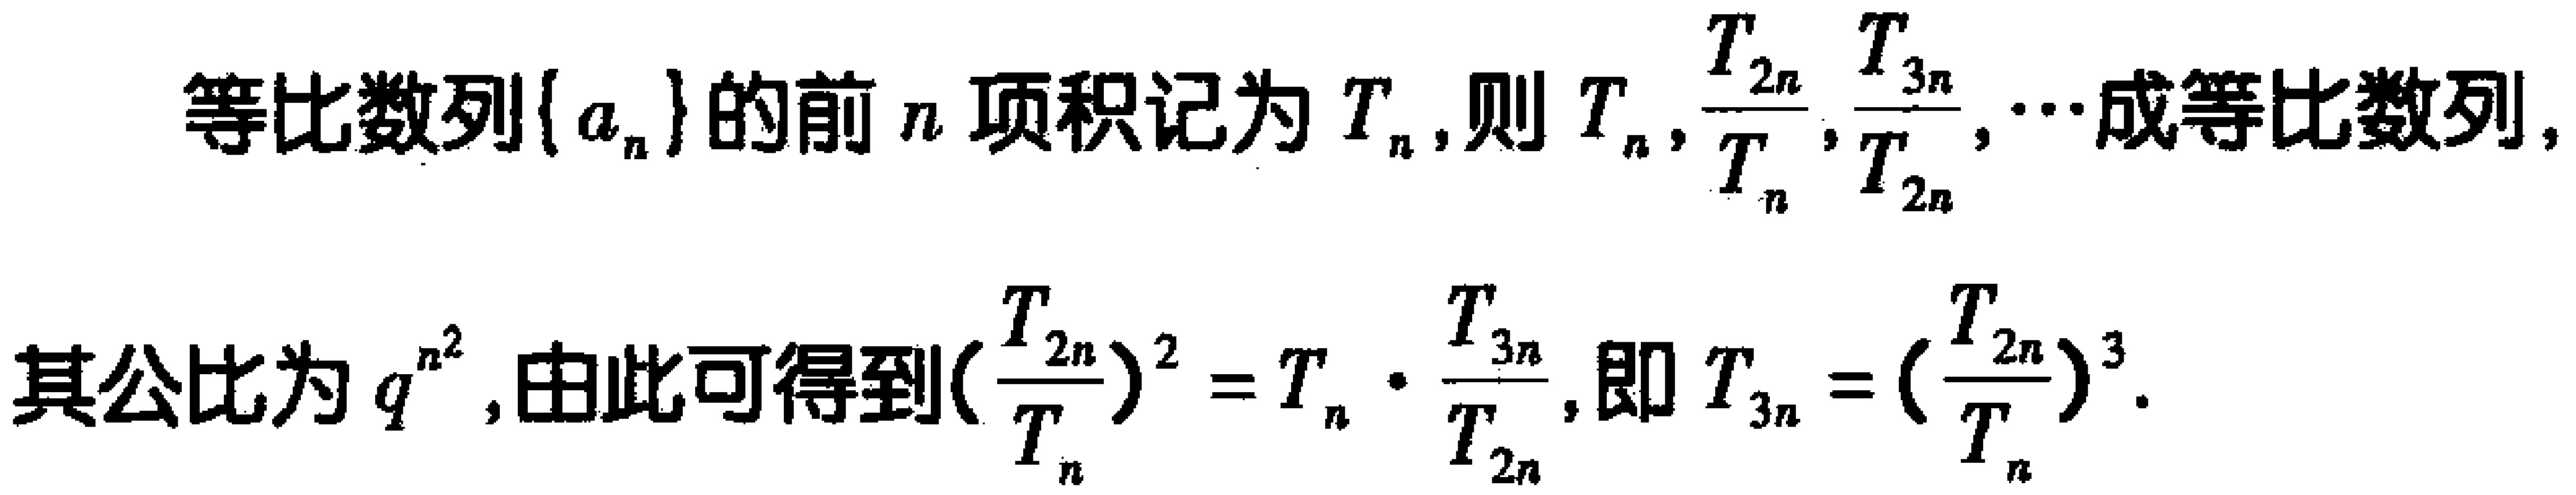
等比数列\(\{ a_{n}\}\)的前\(n\)项积记为\(T_{n}\),则\(T_{n},\frac{T_{2n}}{T_{n}},\frac{T_{3n}}{T_{2n}},\cdots\)成等比数列,

其公比为\(q^{n^{2}}\),由此可得到\((\frac{T_{2n}}{T_{n}})^{2} = T_{n} \cdot \frac{T_{3n}}{T_{2n}}\),即\(T_{3n} = (\frac{T_{2n}}{T_{n}})^{3}\).